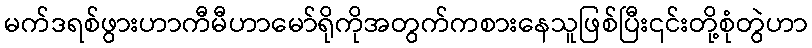
မက်ဒရစ်ဖွားဟာကီမီဟာမော်ရိုကိုအတွက်ကစားနေသူဖြစ်ပြီး၎င်းတို့စုံတွဲဟာ